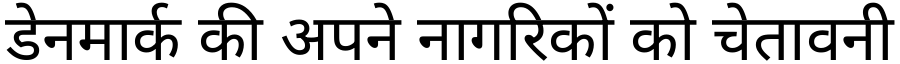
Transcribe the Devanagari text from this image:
डेनमार्क की अपने नागरिकों को चेतावनी